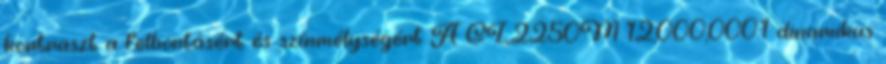
kontraszt a felbontásért és színmélységért A GL2250M 12,000,000:1 dinamikus